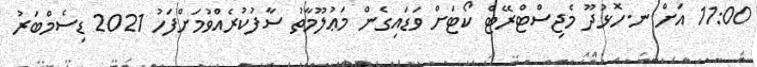
11:00 އަށް ނ.ހޮޅުދޫ މެޖިސްޓްރޭޓް ކޯޓަށް ވަޑައިގެން މަޢުލޫމާތު ސާފުކުރެއްވުމަށްފަހު 2021 ޑިސެމްބަރު